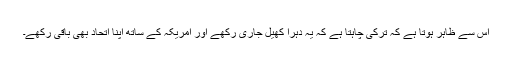
اس سے ظاہر ہوتا ہے کہ ترکی چاہتا ہے کہ یہ دہرا کھیل جاری رکھے اور امریکہ کے ساتھ اپنا اتحاد بھی باقی رکھے۔